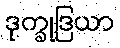
ဒုက္ခုဒြယာ